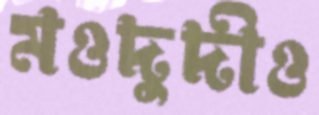
মওদুদীও